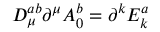
D _ { \mu } ^ { a b } \partial ^ { \mu } A _ { 0 } ^ { b } = \partial ^ { k } E _ { k } ^ { a }